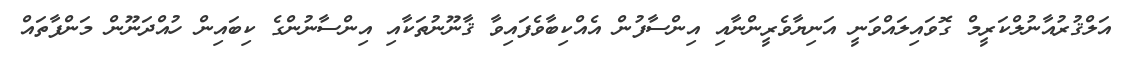
އަލްޤުރުއާނުލްކަރީމް ގޮވައިލައްވަނީ އަނިޔާވެރީންނާއި އިންސާފުން އެއްކިބާވެފައިވާ ޤާނޫނުތަކާއި އިންސާނުންގެ ކިބައިން ހުއްދަނޫން މަންފާތައް